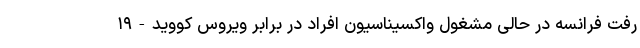
رفت فرانسه در حالی مشغول واکسیناسیون افراد در برابر ویروس کووید-۱۹